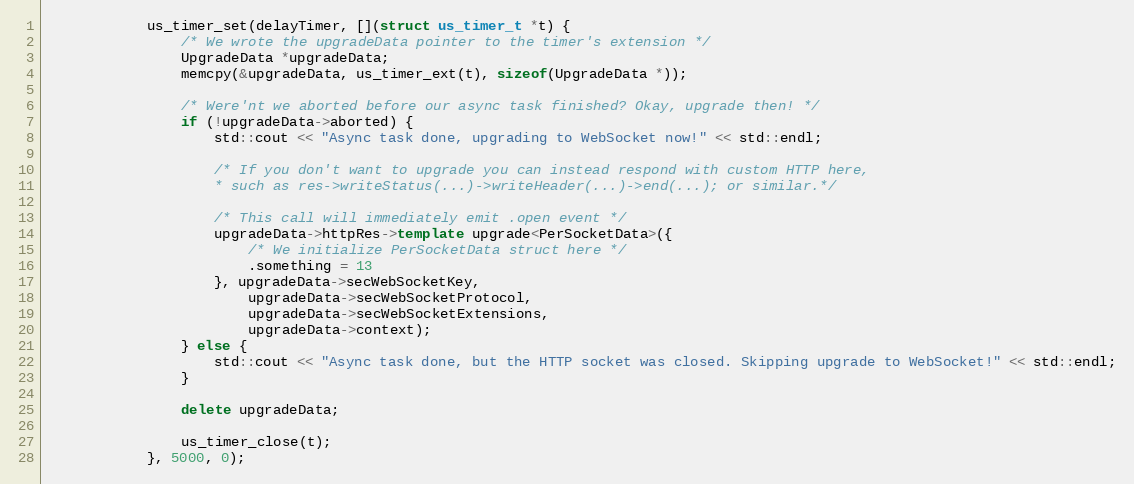
Language: C++
            us_timer_set(delayTimer, [](struct us_timer_t *t) {
                /* We wrote the upgradeData pointer to the timer's extension */
                UpgradeData *upgradeData;
                memcpy(&upgradeData, us_timer_ext(t), sizeof(UpgradeData *));

                /* Were'nt we aborted before our async task finished? Okay, upgrade then! */
                if (!upgradeData->aborted) {
                    std::cout << "Async task done, upgrading to WebSocket now!" << std::endl;

                    /* If you don't want to upgrade you can instead respond with custom HTTP here,
                    * such as res->writeStatus(...)->writeHeader(...)->end(...); or similar.*/

                    /* This call will immediately emit .open event */
                    upgradeData->httpRes->template upgrade<PerSocketData>({
                        /* We initialize PerSocketData struct here */
                        .something = 13
                    }, upgradeData->secWebSocketKey,
                        upgradeData->secWebSocketProtocol,
                        upgradeData->secWebSocketExtensions,
                        upgradeData->context);
                } else {
                    std::cout << "Async task done, but the HTTP socket was closed. Skipping upgrade to WebSocket!" << std::endl;
                }

                delete upgradeData;

                us_timer_close(t);
            }, 5000, 0);